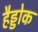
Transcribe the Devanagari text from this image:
हैड्डोक